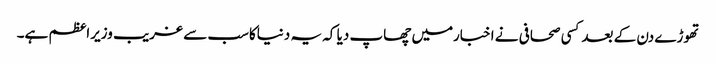
تھوڑے دن کے بعدکسی صحافی نے اخبارمیں چھاپ دیا کہ یہ دنیاکاسب سے غریب وزیراعظم ہے۔